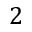
2